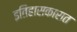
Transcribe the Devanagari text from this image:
इतिहासकारात